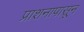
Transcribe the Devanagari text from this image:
प्राशनापासून